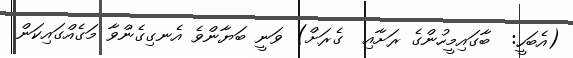
(އެބަހީ:  ބާގައިމީހުންގެ ރަށާއި  ގެރަށް) ވަނީ ބަޔާންވެ އެނގިގެންވާ މަގެއްގައިކަން